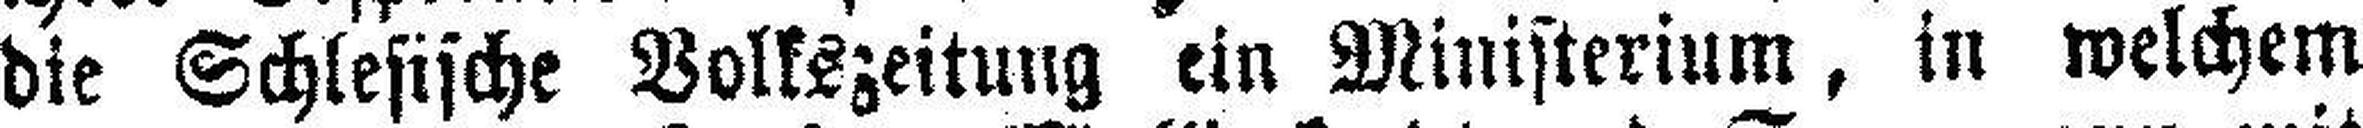
die Schlesische Volkszeitung ein Ministerium, in welchem